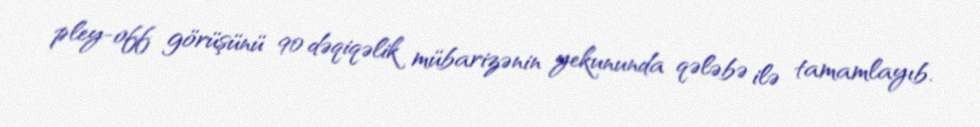
pley-off görüşünü 90 dəqiqəlik mübarizənin yekununda qələbə ilə tamamlayıb.